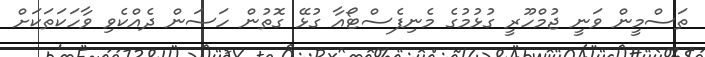
ތަސްމީން ވަނީ ޖުމްހޫރީ ގުޅުމުގެ މެނިފެސްޓޯއާ ގުޅޭ ގޮތުން ހަސަން ދެއްކެވި ވާހަކަތަކަށް